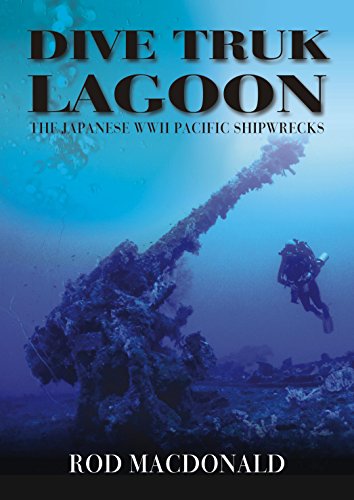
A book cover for Dive Truk Lagoon: The Japanese WWII Pacific Shipwrecks; Rod Macdonald; Sports & Outdoors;